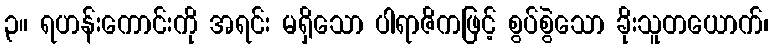
၃။ ရဟန်းကောင်းကို အရင်း မရှိသော ပါရာဇိကဖြင့် စွပ်စွဲသော ခိုးသူတယောက်၊